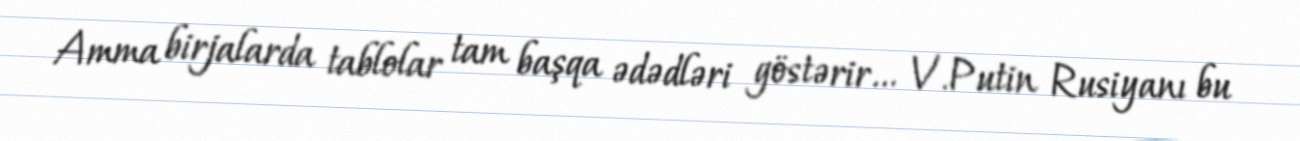
Amma birjalarda tablolar tam başqa ədədləri göstərir... V.Putin Rusiyanı bu